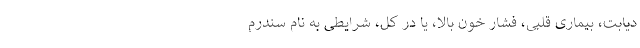
دیابت، بیماری قلبی، فشار خون بالا، یا در کل، شرایطی به نام سندرم